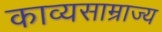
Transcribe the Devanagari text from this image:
काव्यसाम्राज्य